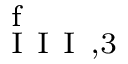
_ { \mathrm { ~ I ~ I ~ I ~ } , 3 } ^ { \mathrm { ~ f ~ } }